Indian journal of veterinary science and animal husbandry - Volume 14,
Year: 1944
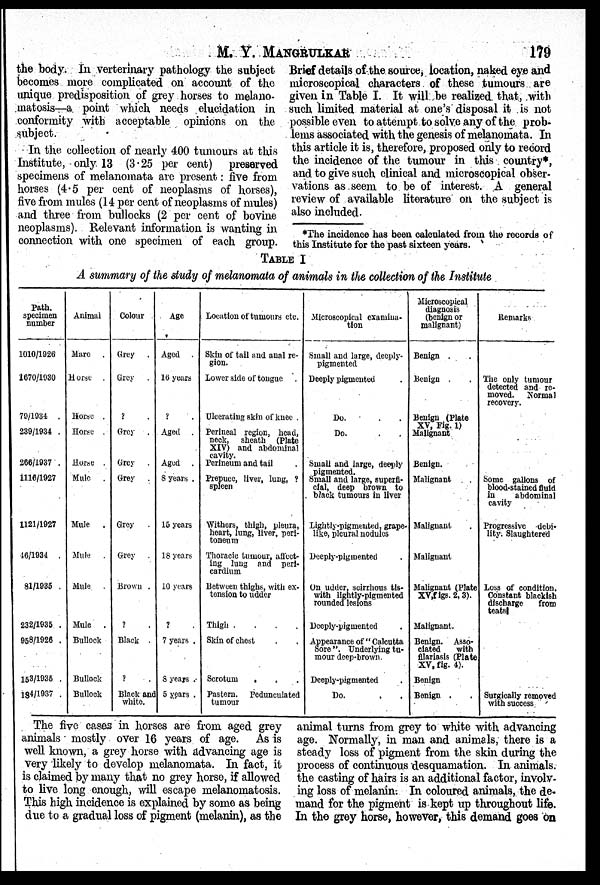
M. Y.
MANGRULKAR
179
the body. In verterinary pathology the subject
becomes more complicated on account of the
unique predisposition of grey horses to melano-
matosis—a point which needs elucidation in
conformity with acceptable opinions on the
subject.
In the collection of nearly 400 tumours at this
Institute, only 13 (3.25 per cent) preserved
specimens of melanomata are present: five from
horses (4.5 per cent of neoplasms of horses),
five from mules (14 per cent of neoplasms of mules)
and three from bullocks (2 per cent of bovine
neoplasms). Relevant information is wanting in
connection with one specimen of each group.
Brief details of the source, location, naked eye and
microscopical characters of these tumours are
given in Table I. It will be realized that, with
such limited material at one's disposal it is not
possible even to attempt to solve any of the prob-
lems associated with the genesis of melanomata. In
this article it is, therefore, proposed only to record
the incidence of the tumour in this country*,
and to give such clinical and microscopical obser-
vations as seem to be of interest. A general
review of available literature on the subject is
also included.
*The incidence has been calculated from the records of
this Institute for the past sixteen years.
TABLE I
A summary of the study of melanomata of animals in the collection of the Institute
Path.
specimen
number
1010/1926
1670/1930
79/1934 .
239/1934 .
266/1937 .
1116/1927
1121/1927
46/1934 .
81/1935 .
232/1935 .
958/1926 .
153/1935 .
194/1937 .
Animal
Mare .
Horse .
Horse .
Horse .
Horse .
Mule .
Mule .
Mule .
Mule .
Mule .
Bullock
Bullock
Bullock
Colour
Grey .
Grey .
? .
Grey .
Grey .
Grey .
Grey .
Grey .
Brown .
? .
Black .
? .
Black and
white.
Age
Aged .
16 years
? .
Aged .
Aged .
8 years .
15 years
18 years
10 years
? .
7 years .
8 years .
5 years .
Location of tumours etc.
Skin of tail and anal re-
gion.
Lower side of tongue .
Ulcerating skin of knee .
Perineal region, head,
neck, sheath (Plate
XIV) and abdominal
cavity.
Perineum and tail .
Prepuce, liver, lung, ?
spleen
Withers, thigh, pleura,
heart, lung, liver, peri-
toneum
Thoracic tumour, affect-
ing lung and peri-
cardium
Between thighs, with ex-
tension to udder
Thigh
.
.
.
.
Skin of chest . .
Scrotum . . .
Pastern. Pedunculated
tumour
Microscopical examina-
tion
Small and large, deeply-
pigmented
Deeply pigmented .
Do. . .
Do. . .
Small and large, deeply
pigmented.
Small and large, superfi-
cial, deep brown to
black tumours in liver
Lightly-pigmented, grape-
like, pleural nodules
Deeply-pigmented .
On udder, scirrhous tis-
with lightly-pigmented
rounded lesions
Deeply-pigmented .
Appearance of " Calcutta
Sore ". Underlying tu-
mour deep-brown.
Deeply-pigmented .
Do. . .
Microscopical
diagnosis
(benign or
malignant)
Benign . .
Benign . .
Benign (Plate
XV, Pig. 1)
Malignant
Benign.
Malignant
Malignant .
Malignant
Malignant (Plate
XV,figs. 2, 3).
Malignant.
Benign. Asso-
ciated
with
filariasis (Plate
XV, fig. 4).
Benign
Benign . .
Remarks
The only tumour
detected and re-
moved. Normal
recovery.
Some gallons of
blood-stained fluid
in
abdominal
cavity
Progressive debi-
lity. Slaughtered
Loss of condition.
Constant blackish
discharge
from
teatsl
Surgically removed
with success
The five cases in horses are from aged grey
animals mostly over 16 years of age. As is
well known, a grey horse with advancing age is
very likely to develop melanomata. In fact, it
is claimed by many that no grey horse, if allowed
to live long enough, will escape melanomatosis.
This high incidence is explained by some as being
due to a gradual loss of pigment (melanin), as the
animal turns from grey to white with advancing
age. Normally, in man and animals, there is a
steady loss of pigment from the skin during the
process of continuous desquamation. In animals
the casting of hairs is an additional factor, involv-
ing loss of melanin. In coloured animals, the de-
mand for the pigment is kept up throughout life.
In the grey horse, however, this demand goes on